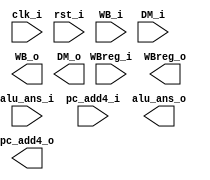
module WB_register (clk_i, rst_i, WB_i, DM_i, alu_ans_i, WBreg_i,pc_add4_i ,WB_o, DM_o, alu_ans_o, WBreg_o,pc_add4_o);

	input clk_i;
	input rst_i;
	input [2:0] WB_i;
	input [31:0] DM_i;
	input [31:0] alu_ans_i;
	input [4:0] WBreg_i;
	input [31:0] pc_add4_i;
	
	output reg [2:0] WB_o;
	output reg [31:0] DM_o;
	output reg [31:0] alu_ans_o;
	output reg [4:0] WBreg_o;
	output reg [31:0] pc_add4_o;

endmodule